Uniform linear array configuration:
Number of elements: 8
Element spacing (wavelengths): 0.5
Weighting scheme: binomial
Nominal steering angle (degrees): -30
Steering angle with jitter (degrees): -31.113
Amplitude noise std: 0.05
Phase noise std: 0.05

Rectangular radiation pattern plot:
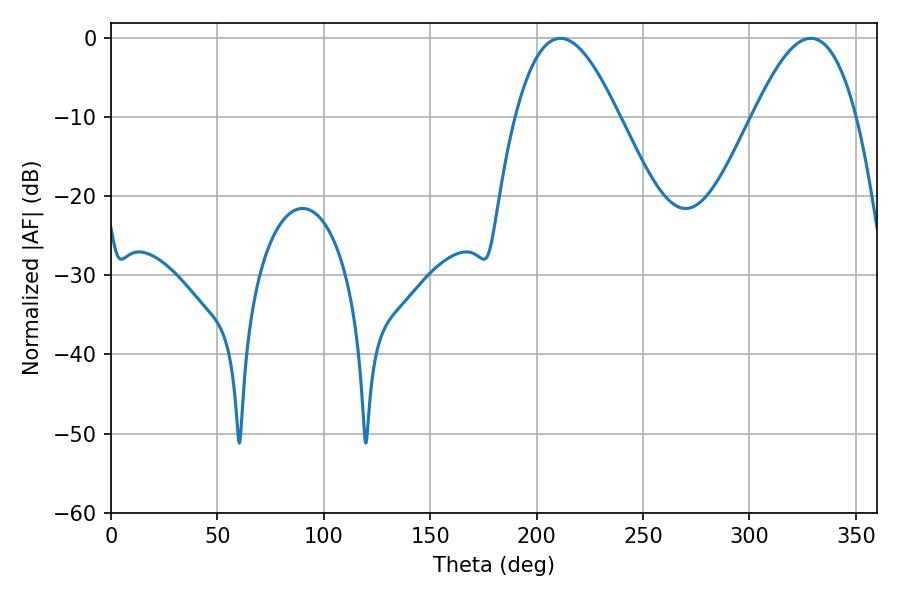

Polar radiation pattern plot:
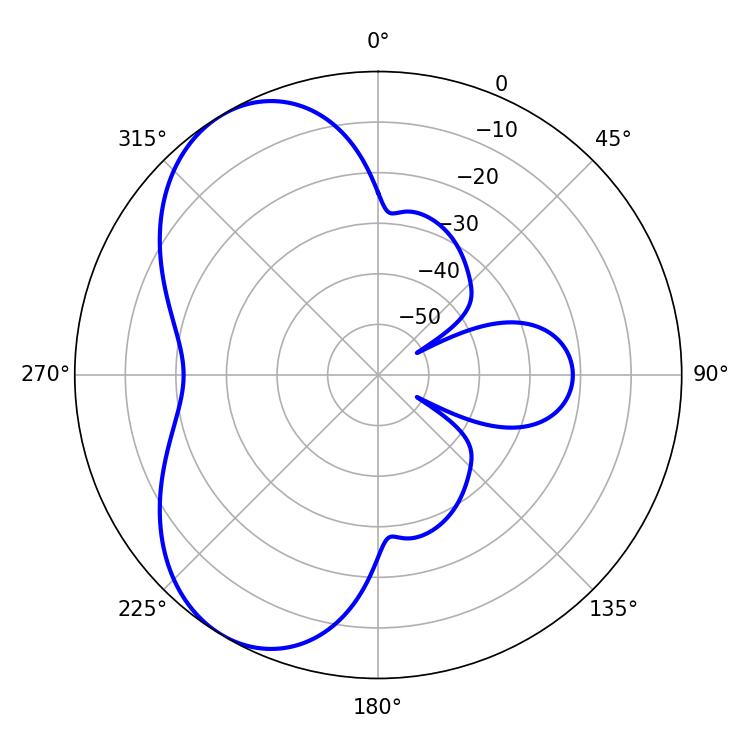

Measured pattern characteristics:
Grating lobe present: FALSE
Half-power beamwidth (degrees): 26.46
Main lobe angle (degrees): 211.14